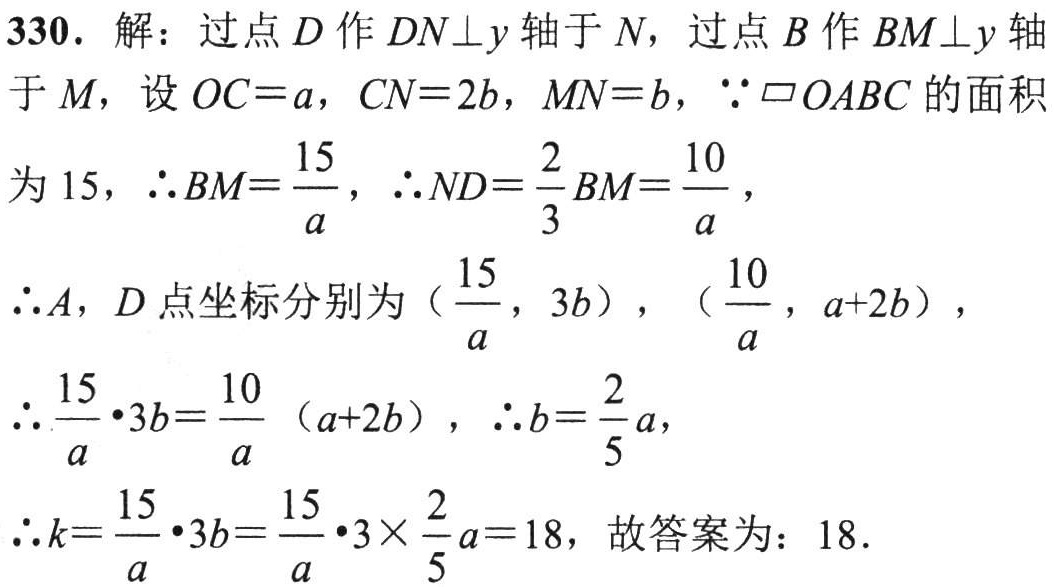
330. 解：过点\(D\)作\(DN\perp y\)轴于\(N\)，过点\(B\)作\(BM\perp y\)轴
于\(M\)，设\(OC = a\)，\(CN = 2b\)，\(MN = b\)，\(\because\parallelogram OABC\)的面积
为\(15\)，\(\therefore BM=\dfrac{15}{a}\)，\(\therefore ND = \dfrac{2}{3}BM=\dfrac{10}{a}\)，
\(\therefore A\)，\(D\)点坐标分别为\((\dfrac{15}{a},3b)\)，\((\dfrac{10}{a},a + 2b)\)，
\(\therefore\dfrac{15}{a}\cdot3b=\dfrac{10}{a}(a + 2b)\)，\(\therefore b=\dfrac{2}{5}a\)，
\(\therefore k=\dfrac{15}{a}\cdot3b=\dfrac{15}{a}\cdot3\times\dfrac{2}{5}a = 18\)，故答案为：\(18\).